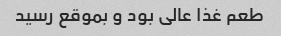
طعم غذا عالی بود و بموقع رسید